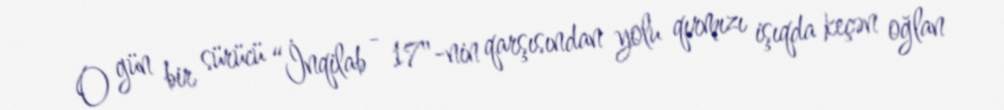
O gün bir sürücü “İnqilab - 17"-nin qarşısından yolu qırmızı işıqda keçən oğlan